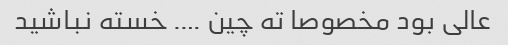
عالی بود مخصوصا ته چین …. خسته نباشید